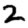
Digit: 2